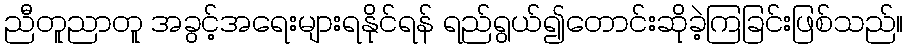
ညီတူညာတူ အခွင့်အရေးများရနိုင်ရန် ရည်ရွယ်၍တောင်းဆိုခဲ့ကြခြင်းဖြစ်သည်။